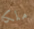
ملكا